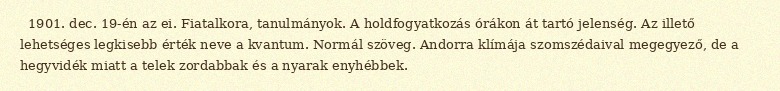
1901. dec. 19-én az ei. Fiatalkora, tanulmányok. A holdfogyatkozás órákon át tartó jelenség. Az illető lehetséges legkisebb érték neve a kvantum. Normál szöveg. Andorra klímája szomszédaival megegyező, de a hegyvidék miatt a telek zordabbak és a nyarak enyhébbek.